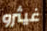
غيثرو